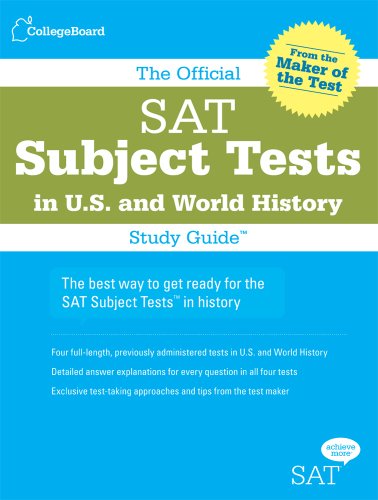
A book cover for The Official SAT Subject Tests in U.S. & World History Study Guide (Official Sat Subject Tests in U.S. History and World History); The College Board; Test Preparation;